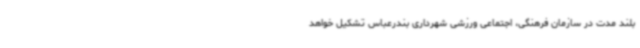
بلند مدت در سازمان فرهنگی، اجتماعی ورزشی شهرداری بندرعباس تشکیل خواهد